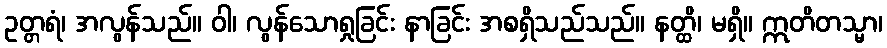
ဥတ္တရံ၊ အလွန်သည်။ ဝါ၊ လွန်သောရှုခြင်း နာခြင်း အစရှိသည်သည်။ နတ္ထိ၊ မရှိ။ ဣတိတသ္မာ၊